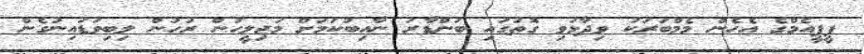
ޕީޕީއެމްގެ އެހެން މެމްބަރަކު ވިދާޅުވި ގޮތުގައި ބަންޑާރަ ނާއިބުކަމަށް މަޖިލީހުން ރުހުން ލިބިވަޑައިނުގެން